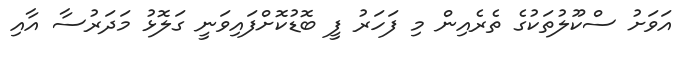
އަވަށު ސްކޫލުތަކުގެ ތެރެއިން މި ފަހަރު ފީ ބޮޑުކޮށްފައިވަނީ ގަލޮޅު މަދަރުސާ އާއި